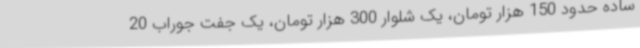
ساده حدود 150 هزار تومان، یک شلوار 300 هزار تومان، یک جفت جوراب 20